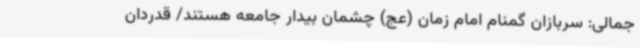
جمالی: سربازان گمنام امام زمان (عج) چشمان بیدار جامعه هستند/ قدردان